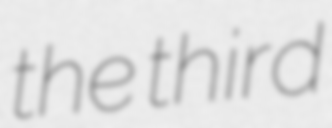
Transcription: the third